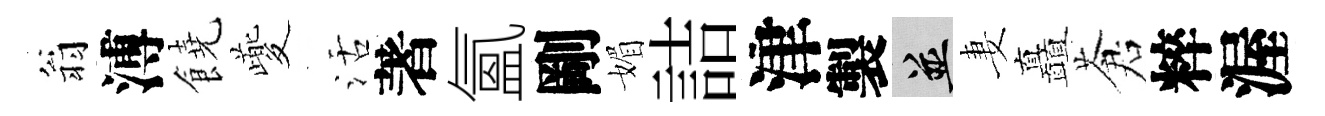
翁溥饒夔活著氳剛媚詰津製并妻矗蒼粹渥